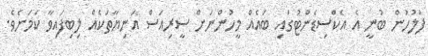
ފުލުހުން ބުނީ އެ އެކްސިޑެންޓުގައި ބައެއް މީހުންނަށް ސީރިއަސް އަނިޔާތަކެއް ލިބިފައިވާ ކަމަށެވެ.